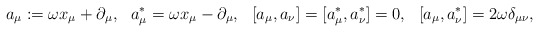
\begin{align*}a_\mu &:= \omega x_\mu + \partial_\mu , & a_\mu^* &= \omega x_\mu - \partial_\mu , & [a_\mu,a_\nu]=[a_\mu^*,a_\nu^*] &= 0 , & [a_\mu,a_\nu^*] &= 2 \omega \delta_{\mu\nu} ,\end{align*}